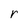
Character: r